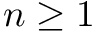
n \ge 1